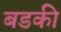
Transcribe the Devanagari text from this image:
बडकी